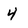
Character: 4